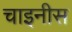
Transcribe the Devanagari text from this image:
चाइनीस